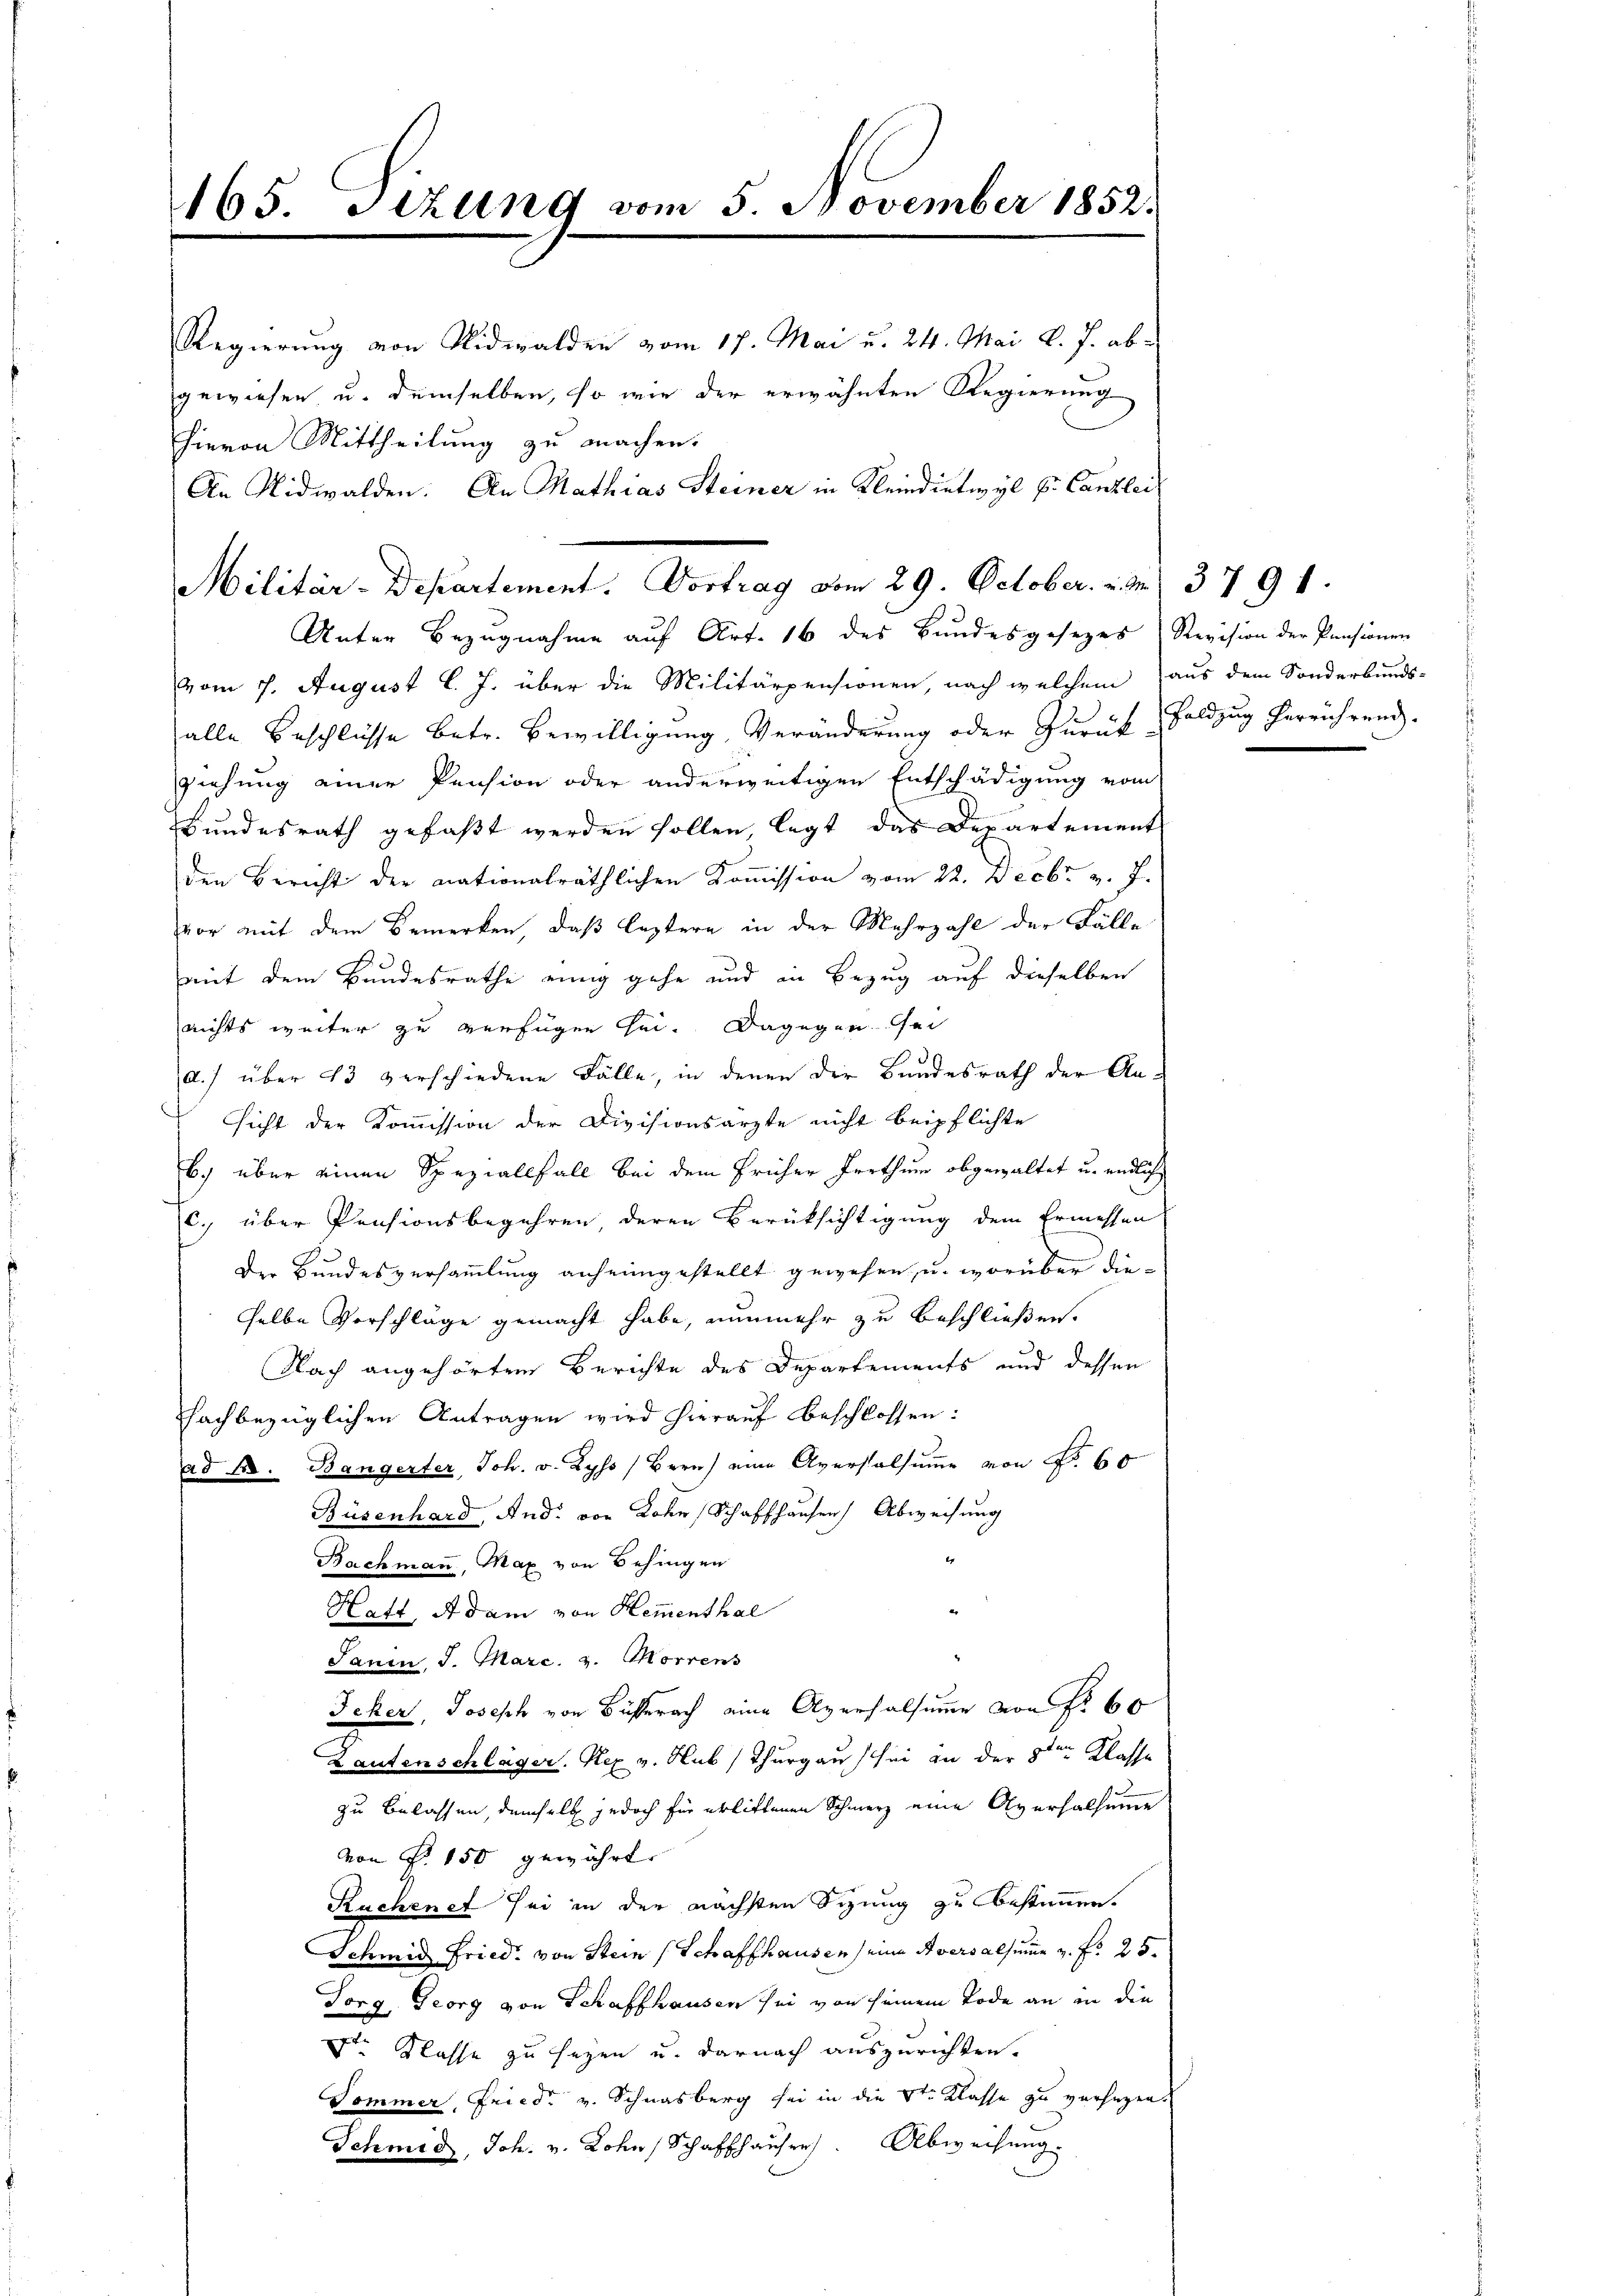
165. Sizung vom 5. November 1852.

Militär-Departement. Vortrag vom 29. October. v. M.
Unter Bezugnahme auf Art. 16 des Bundesgesezes Revision der Pensionen

Regierung von Nidwalden vom 17. Mai u. 24. Mai l. J. abgewiesen u. demselben, so wie der erwähnten Regierung
hievon Mittheilung zu machen.
An Nidwalden. An Mathias Steiner in Kleindietwyl E. Canzlei

vom 7. August l. J. über die Militärpensionen, nach welchem aus dem Sonderbunds-
alle Beschlüsse betr. Bewilligung, Veränderung oder Zurück Geldzug herrührend.
ziehung einer Pension oder anderweitigen Entschädigung vom
Bundesrath gefaßt werden sollen, legt das Departement
den Bericht der nationalräthlichen Koṁission vom 22. Decbr v. J.
vor mit dem Bemerken, daß leztere in der Mehrzahl der Fälle
mit dem Bundesrathe einig gehe und in Bezug auf dieselben
nichts weiter zu verfügen sei. Dagegen sei
A.) über 43 verschiedene Fälle, in denen der Bundesrath der An-
ssicht der Kommission der Divisionsarzte nicht beipflichte
b) über einen Speziallfall bei dem früher Irrthum obgewaltet u. endlich
c. über Pensionsbegehren, deren Berüksichtigung dem Ermessen
Der Bundesversammlung anheimgestellt gewesen, u. worüber dieselbe Vorschläge gemacht habe, nunmehr zu beschließen.
Nach angehörten Berichte des Departements und dessen
fachbezüglichen Antragen wird hierauf beschlossen:
ad 1. Bangerter, Joh. v. Wyss Bern eine Aversalsŭṁe von Nr. 60
Büsenhard, And. von Lohn Schaffhauser Abweisung
er
Bachmann, Max von Behingen
Hatt Adam von Hementhal
Janin, J. Marc. v. Morrens
Icker, Joseph von Busserach eine Aversalsume von Fr. 60
Lautenschläger. Kex v. Hub (Thurgau sei in der 8ten Klasse
zu belassen, demselb jedoch für erlittenen Schmerz eine Aversalsumme
von P. 150 gewährt.
Rachenet sei in der nächsten Sizung zu bestimmen.
Schmid Fried. von Stein (Schaffhausen seine Aversalsumme u. f. 25.
Torg. Georg von Schaffhausen sei von seinem Tode an in die
Dr. Klasse zu seyen u. darnach auszurichten.
Sommer, Fried v. Schnasberg sei in die Stern Klasse zu verhagen.
Schmid, Joh. v. Lohn, Schaffhauser. Abweisung.

3791.